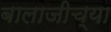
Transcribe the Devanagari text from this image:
बालाजीच्या